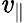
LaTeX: \mathit{v}_{\parallel}